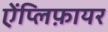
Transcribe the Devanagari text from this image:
ऐंप्लिफ़ायर